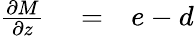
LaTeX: \begin{array}{rlr}{\frac{\partial M}{\partial z}}&{{}=}&{e-d}\end{array}